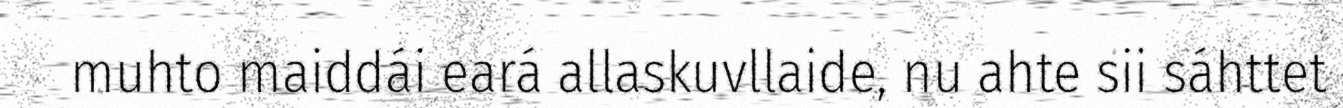
muhto maiddái eará allaskuvllaide, nu ahte sii sáhttet